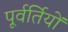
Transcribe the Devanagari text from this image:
पूर्वर्तियों